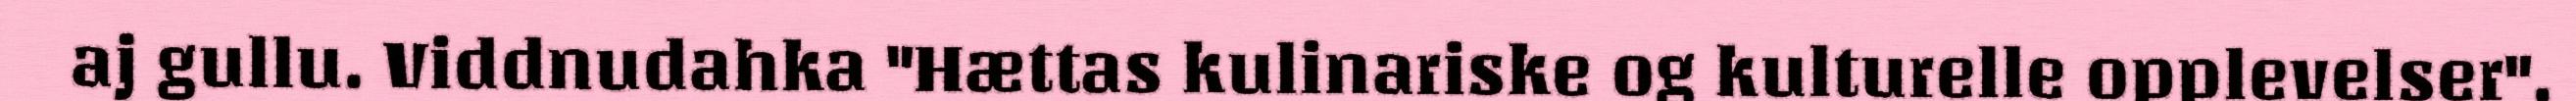
aj gullu. Viddnudahka "Hættas kulinariske og kulturelle opplevelser".